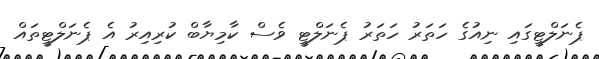
ޕެނަލްޓީގައި ނިއުގެ ހަތަރު ހަތަރު ޕެނަލްޓީ ވެސް ކާމިޔާބް ކުރިއިރު އެ ޕެނަލްޓީތައް